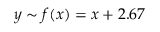
y \sim f ( x ) = x + 2 . 6 7